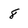
Character: 8